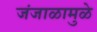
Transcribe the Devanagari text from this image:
जंजाळामुळे